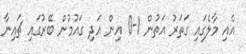
އެއި މާލެގައި ގަތަރު އަތުން 1-0 އިން އަދި ގައުމުން ބޭރުގައި ޗައިނާ